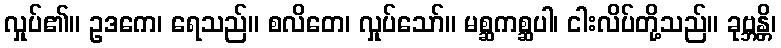
လှုပ်၏။ ဥဒကေ၊ ရေသည်။ စလိတေ၊ လှုပ်သော်။ မစ္ဆကစ္ဆပါ၊ ငါးလိပ်တို့သည်။ ခုဗ္ဘန္တိ၊